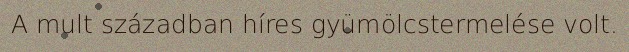
A mult században híres gyümölcstermelése volt.